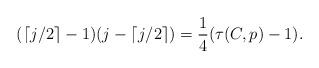
LaTeX: \begin{align*}( \lceil j/2 \rceil -1)( j-\lceil j/2 \rceil )=\frac{1}{4}(\tau(C,p)-1).\end{align*}